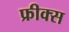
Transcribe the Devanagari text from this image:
फ्रीक्स